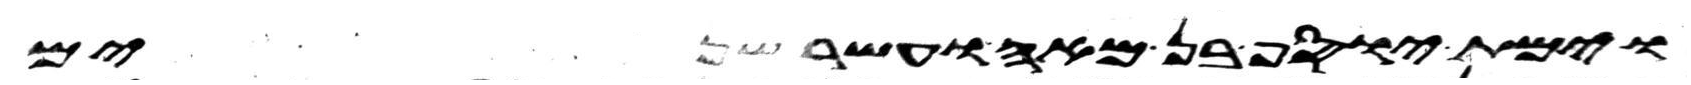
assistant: וימת יוסף בן מאה ועשר שנים